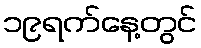
၁၉ရက်နေ့တွင်